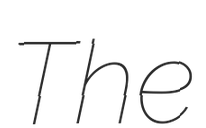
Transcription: The